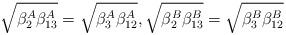
LaTeX: \begin{align*} \sqrt{\beta_2^A \beta_{13}^A} = \sqrt{\beta_3^A \beta_{12}^A}, \sqrt{\beta_2^B \beta_{13}^B} = \sqrt{\beta_3^B \beta_{12}^B}\end{align*}